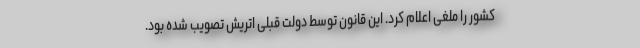
کشور را ملغی اعلام کرد. این قانون توسط دولت قبلی اتریش تصویب شده بود.